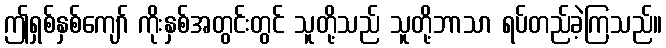
ဤရှစ်နှစ်ကျော် ကိုးနှစ်အတွင်းတွင် သူတို့သည် သူတို့ဘာသာ ရပ်တည်ခဲ့ကြသည်။